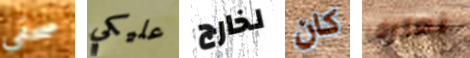
صحفى عليكي لخارج كان نعترف